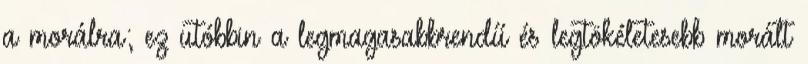
a morálra; ez utóbbin a legmagasabbrendű és legtökéletesebb morált